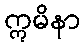
ဣမိနာ